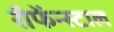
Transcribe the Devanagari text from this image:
रीफेंन्स्टाल